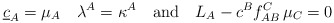
\begin{align*}\underline{c}_A = \mu_A \quad \lambda^A = \kappa ^A \quad \mbox{and} \quad L_A - c^B f_{AB}^C \,\mu_C = 0\end{align*}